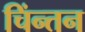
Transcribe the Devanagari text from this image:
चिंन्तन